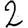
Digit: 2